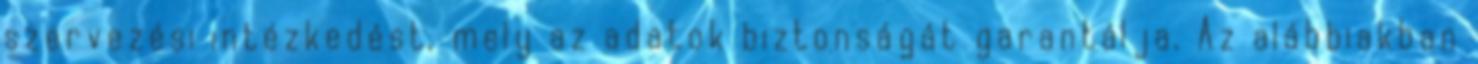
szervezési intézkedést, mely az adatok biztonságát garantálja. Az alábbiakban